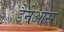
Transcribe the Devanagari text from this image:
डैनेआस